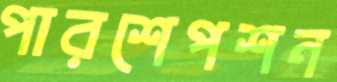
পারশেপশন